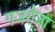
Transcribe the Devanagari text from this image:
गजरौजा